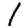
Digit: 1